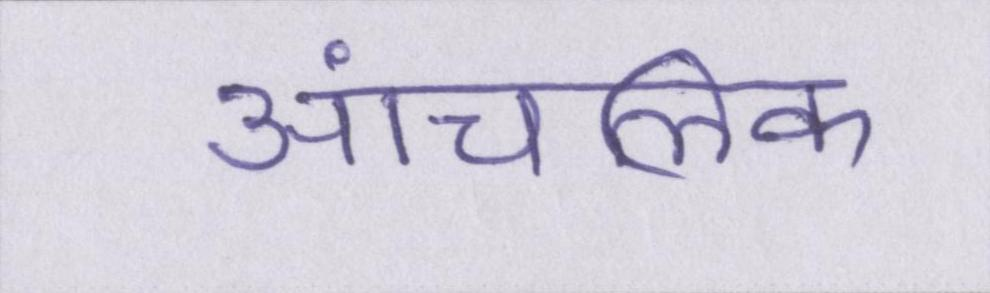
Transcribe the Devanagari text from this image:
आंचलिक